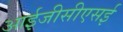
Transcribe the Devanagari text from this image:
आईजीसीएसई